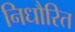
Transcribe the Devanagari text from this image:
निधौरित